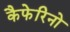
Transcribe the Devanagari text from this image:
कैफेरिनो